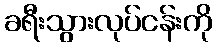
ခရီးသွားလုပ်ငန်းကို